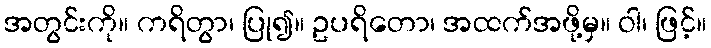
အတွင်းကို။ ကရိတွာ၊ ပြု၍။ ဥပရိတော၊ အထက်အဖို့မှ။ ဝါ၊ ဖြင့်။